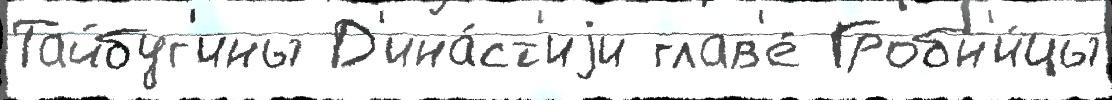
Тайбуг'ины Д'ина́ст'иjи глав'е́ Гробн'и́цы